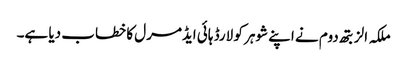
ملکہ الزبتھ دوم نے اپنے شوہر کو لارڈ ہائی ایڈمرل کا خطاب دیا ہے۔